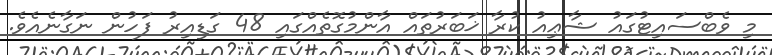
މި ވެބްސައިޓުގައު ޝާޢިއު ކުރާ ޚަބަރުތައް އާންމުގޮތެއްގައި 48 ގަޑިއިރު ފަހުން ނަގާނެއެވެ.